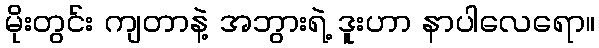
မိုးတွင်း ကျတာနဲ့ အဘွားရဲ့ ဒူးဟာ နာပါလေရော။